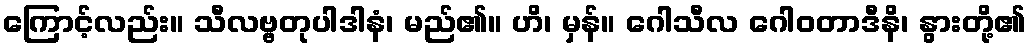
ကြောင့်လည်း။ သီလဗ္ဗတုပါဒါနံ၊ မည်၏။ ဟိ၊ မှန်။ ဂေါသီလ ဂေါဝတာဒီနိ၊ နွားတို့၏